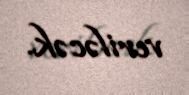
veriləcək.